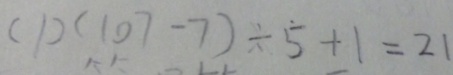
( 1 ) ( 1 0 7 - 7 ) \div \dot { 5 } + 1 = 2 1